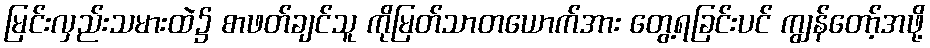
မြင်းလှည်းသမားထဲ၌ စာဖတ်ချင်သူ ကိုမြတ်သာတယောက်အား တွေ့ရခြင်းပင် ကျွန်တော့်အဖို့